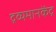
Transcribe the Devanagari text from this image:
द्रव्यमानकेंद्र